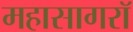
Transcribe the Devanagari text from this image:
महासागरॉ